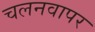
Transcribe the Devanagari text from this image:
चलनवापर